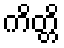
ကိတ္တိ